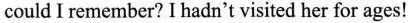
could I remember? I hadn't visited her for ages!